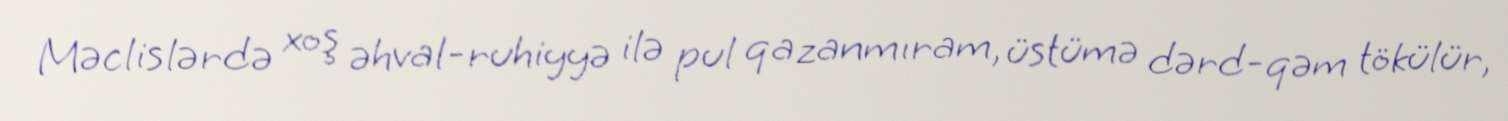
Məclislərdə xoş əhval-ruhiyyə ilə pul qazanmıram, üstümə dərd-qəm tökülür,